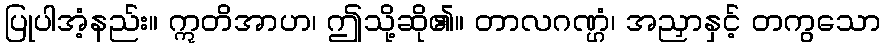
ပြုပါအံ့နည်း။ ဣတိအာဟ၊ ဤသို့ဆို၏။ တာလဂဏ္ဌံ၊ အညှာနှင့် တကွသော